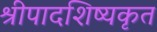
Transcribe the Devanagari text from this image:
श्रीपादशिष्यकृत